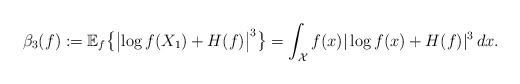
LaTeX: \begin{align*}\beta_3(f) := \mathbb{E}_f\bigl\{\bigl|\log f(X_1) + H(f)\bigr|^3\bigr\} = \int_{\mathcal{X}} f(x)|\log f(x) + H(f)|^3 \, dx.\end{align*}